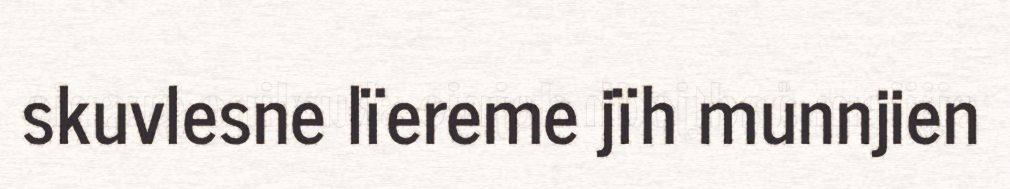
skuvlesne lïereme jïh munnjien